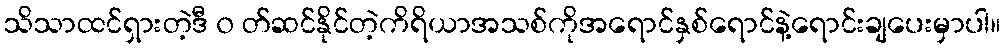
သိသာထင်ရှားတဲ့ဒီ ၀ တ်ဆင်နိုင်တဲ့ကိရိယာအသစ်ကိုအရောင်နှစ်ရောင်နဲ့ရောင်းချပေးမှာပါ။